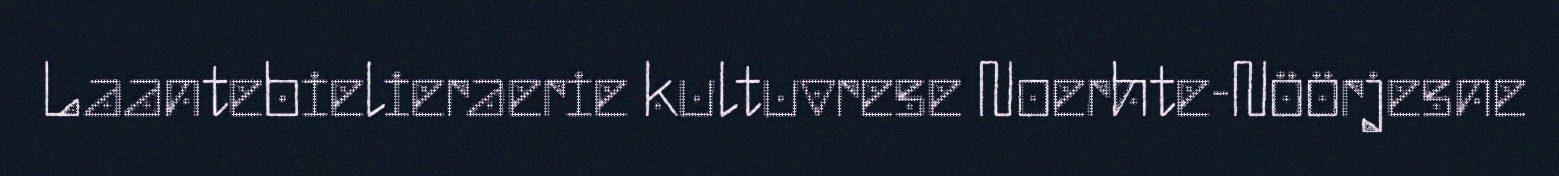
Laantebielieraerie kultuvrese Noerhte-Nöörjesne